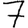
Digit: 7